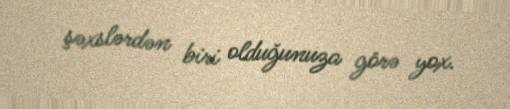
şəxslərdən biri olduğunuza görə yox.